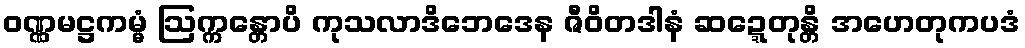
ဝဏ္ဏမဋ္ဌကမ္မံ ဩက္ကန္တောပိ ကုသလာဒိဘေဒေန ဇီဝိတဒါနံ ဆဍ္ဍေတုန္တိ အဟေတုကပဒံ